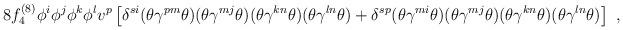
LaTeX: \begin{align*}8 f^{(8)}_4 \phi^i \phi^j \phi^k \phi^l v^p \left[ \delta^{si} (\theta \gamma^{pm} \theta) (\theta \gamma^{mj} \theta)(\theta \gamma^{kn} \theta)(\theta \gamma^{ln} \theta) + \delta^{sp} (\theta \gamma^{mi} \theta)(\theta \gamma^{mj} \theta)(\theta \gamma^{kn} \theta)(\theta \gamma^{ln} \theta)\right] ~,\end{align*}